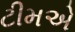
ટીમએ